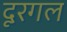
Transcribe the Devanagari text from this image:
दूरगल